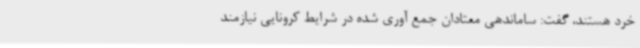
خرد هستند، گفت: ساماندهی معتادان جمع آوری شده در شرایط کرونایی نیازمند